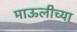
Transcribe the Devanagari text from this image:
माऊलीच्या